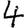
Digit: 4